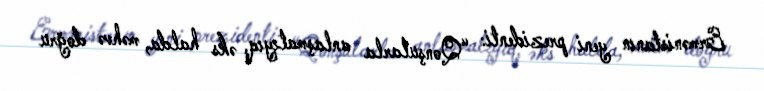
Ermənistanın yeni prezidenti: “Qonşularla anlaşmalıyıq, əks halda, məhvə doğru